Indian journal of veterinary science and animal husbandry - Volume 8,
Year: 1938
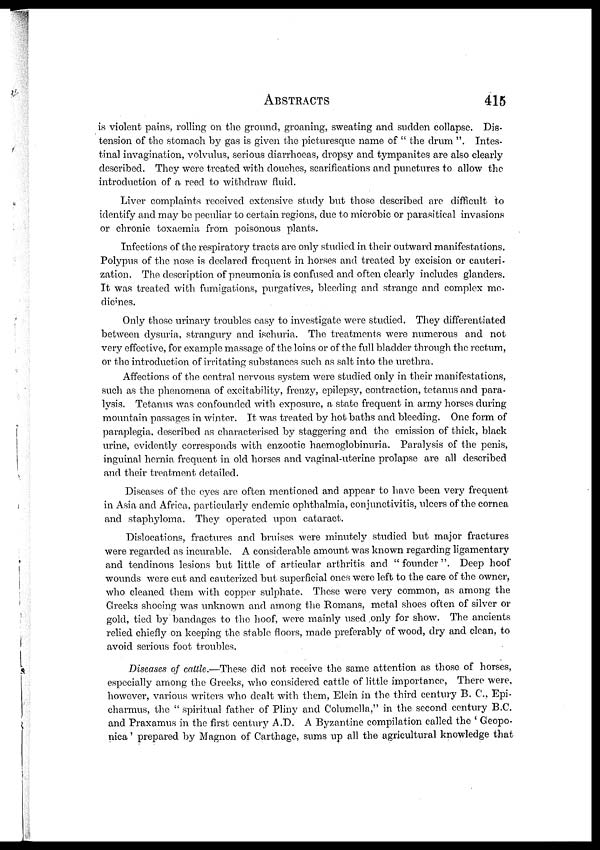
ABSTRACTS
415
is violent pains, rolling on the ground, groaning, sweating and sudden collapse. Dis-
tension of the stomach by gas is given the picturesque name of " the drum ". Intes-
tinal invagination, volvulus, serious diarrhoeas, dropsy and tympanites are also clearly
described. They were treated with douches, scarifications and punctures to allow the
introduction of a reed to withdraw fluid.
Liver complaints received extensive study but those described are difficult to
identify and may be peculiar to certain regions, due to microbic or parasitical invasions
or chronic toxaemia from poisonous plants.
Infections of the respiratory tracts are only studied in their outward manifestations.
Polypus of the nose is declared frequent in horses and treated by excision or cauteri-
zation. The description of pneumonia is confused and often clearly includes glanders.
It was treated with fumigations, purgatives, bleeding and strange and complex me-
dicines.
Only those urinary troubles easy to investigate were studied. They differentiated
between dysuria, strangury and ischuria. The treatments were numerous and not
very effective, for example massage of the loins or of the full bladder through the rectum,
or the introduction of irritating substances such as salt into the urethra.
Affections of the central nervous system were studied only in their manifestations,
such as the phenomena of excitability, frenzy, epilepsy, contraction, tetanus and para-
lysis. Tetanus was confounded with exposure, a state frequent in army horses during
mountain passages in winter. It was treated by hot baths and bleeding. One form of
paraplegia, described as characterised by staggering and the emission of thick, black
urine, evidently corresponds with enzootic haemoglobinuria. Paralysis of the penis,
inguinal hernia frequent in old horses and vaginal-uterine prolapse are all described
and their treatment detailed.
Diseases of the eyes are often mentioned and appear to have been very frequent
in Asia and Africa, particularly endemic ophthalmia, conjunctivitis, ulcers of the cornea
and staphyloma. They operated upon cataract.
Dislocations, fractures and bruises were minutely studied but major fractures
were regarded as incurable. A considerable amount was known regarding ligamentary
and tendinous lesions but little of articular arthritis and "founder". Deep hoof
wounds were cut and cauterized but superficial ones were left to the care of the owner,
who cleaned them with copper sulphate. These were very common, as among the
Greeks shoeing was unknown and among the Romans, metal shoes often of silver or
gold, tied by bandages to the hoof, were mainly used only for show. The ancients
relied chiefly on keeping the stable floors, made preferably of wood, dry and clean, to
avoid serious foot troubles.
Diseases of cattle.—These did not receive the same attention as those of horses,
especially among the Greeks, who considered cattle of little importance, There were,
however, various writers who dealt with them, Elein in the third century B. C., Epi-
charmus, the " spiritual father of Pliny and Columella," in the second century B.C.
and Praxamus in the first century A.D. A Byzantine compilation called the ' Geopo-
nica' prepared by Magnon of Carthage, sums up all the agricultural knowledge that